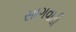
સાગવાડી